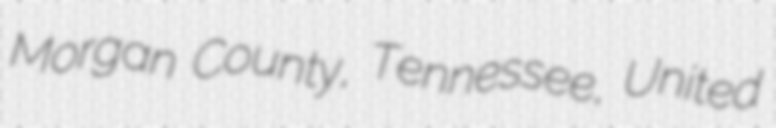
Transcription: Morgan County, Tennessee, United